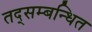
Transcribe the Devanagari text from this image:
तद्सम्बन्धित